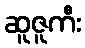
ဆူဇူကီး